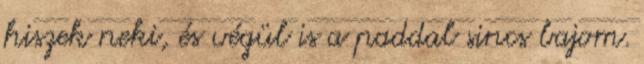
hiszek neki, és végül is a paddal sincs bajom.